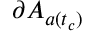
\partial A _ { a ( t _ { c } ) }